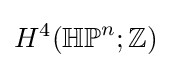
H^{4}(\mathbb {HP} ^{n};\mathbb {Z} )